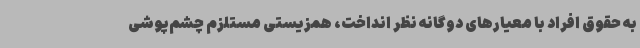
به حقوق افراد با معیارهای دوگانه نظر انداخت، همزیستی مستلزم چشم‌پوشی